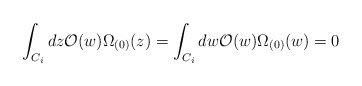
\begin{align*}\int_{C_i} dz {\cal O}(w)\Omega_{(0)}(z) = \int_{C_i} dw {\cal O}(w)\Omega_{(0)}(w)=0\end{align*}